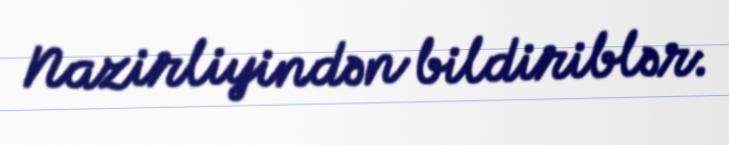
Nazirliyindən bildiriblər.